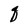
Character: q